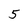
Character: 5